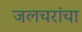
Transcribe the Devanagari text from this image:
जलचरांचा